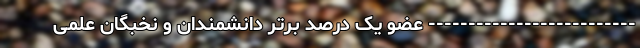
-------------------------- عضو یک درصد برتر دانشمندان و نخبگان علمی